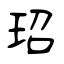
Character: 玿